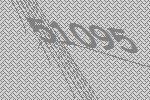
51095